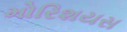
મોરિશયસ